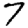
Digit: 7